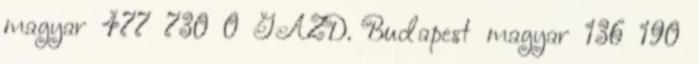
magyar 477 730 0 GAZD. Budapest magyar 136 190